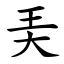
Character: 㺯